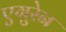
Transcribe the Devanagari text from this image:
एगुरेन